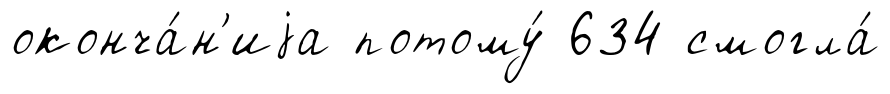
оконча́н'иjа потому́ 634 смогла́